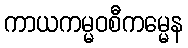
ကာယကမ္မဝစီကမ္မေန